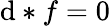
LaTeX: \mathrm{d}*f=0